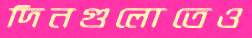
দিনগুলোতেও